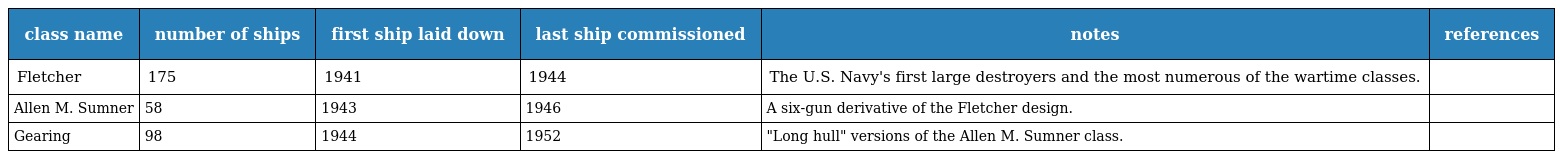
| class name | number of ships | first ship laid down | last ship commissioned | notes | references |
 | --- | --- | --- | --- | --- | --- |
 | Fletcher | 175 | 1941 | 1944 | The U.S. Navy's first large destroyers and the most numerous of the wartime classes. |  |
 | Allen M. Sumner | 58 | 1943 | 1946 | A six-gun derivative of the Fletcher design. |  |
 | Gearing | 98 | 1944 | 1952 | "Long hull" versions of the Allen M. Sumner class. |  |